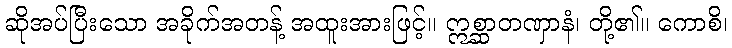
ဆိုအပ်ပြီးသော အခိုက်အတန့် အထူးအားဖြင့်။ ဣစ္ဆာတဏှာနံ၊ တို့၏။ ကောစိ၊